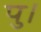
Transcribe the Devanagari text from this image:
पु।